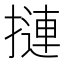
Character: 摙